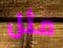
مثل